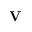
\mathbf { V }